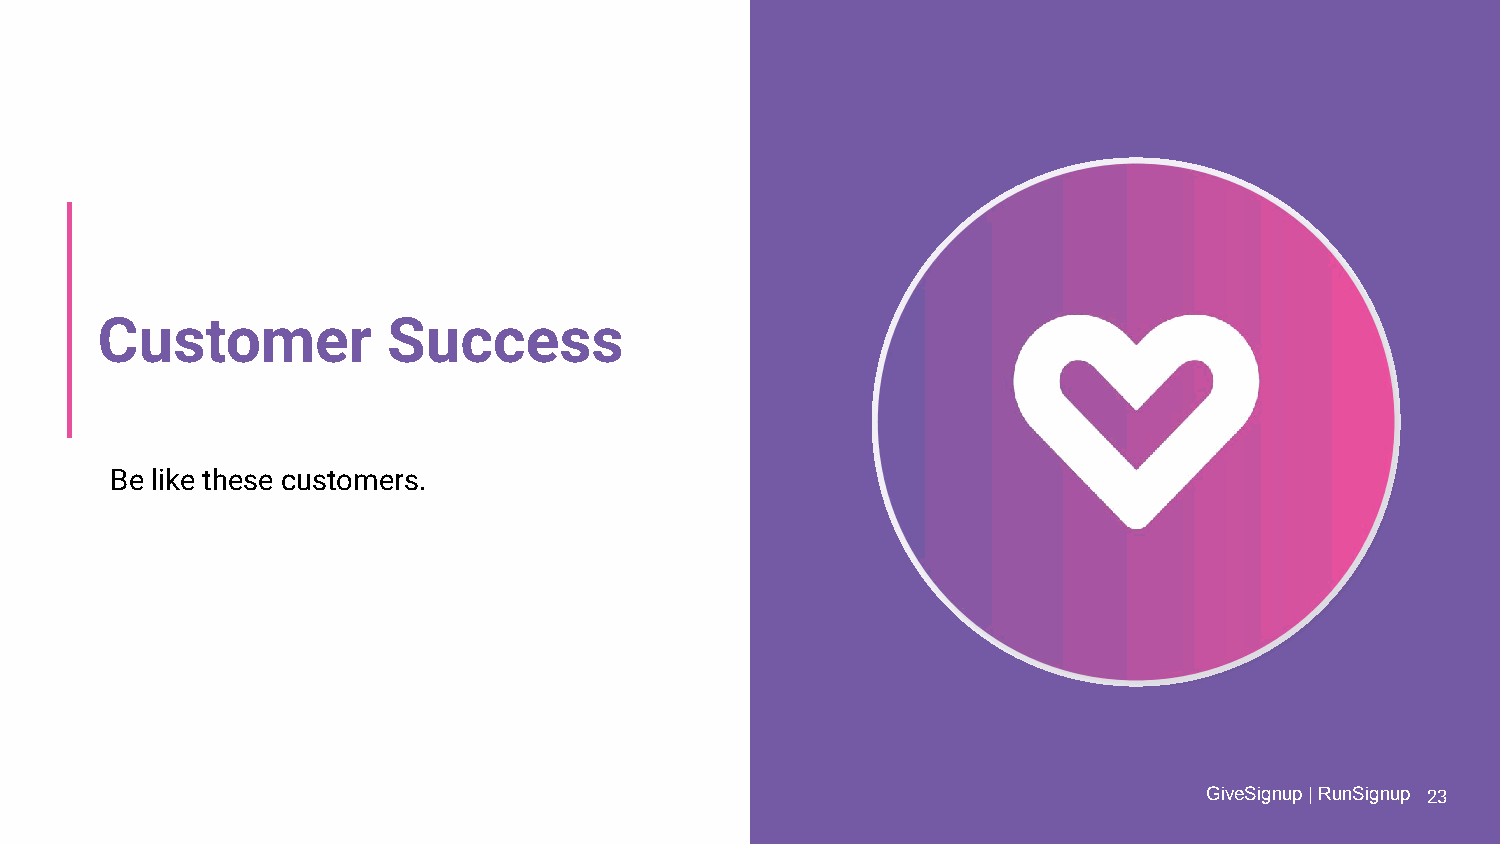
Customer            Success
 Be like these customers.
 G GiivveeSSiiggnnuupp || RRuunnSSiiggnnuupp 23